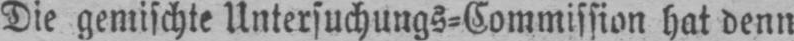
Die gemischte Untersuchungs⸗Commission hat denn